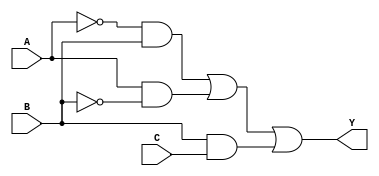
module sop_simplification (
    input wire A,      // Input A
    input wire B,      // Input B
    input wire C,      // Input C
    output wire Y      // Output Y
);

// Internal signals for product terms
wire and1, and2, and3;

// Define the product terms based on the simplified SOP expression
// Example SOP expression: Y = A'B + AB' + BC
// This corresponds to the following minterms: m1, m2, m5
assign and1 = ~A & B;  // A'B
assign and2 = A & ~B;  // AB'
assign and3 = B & C;   // BC

// Final output from the OR of the product terms
assign Y = and1 | and2 | and3;

endmodule